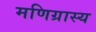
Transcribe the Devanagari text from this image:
मणिग्रास्य